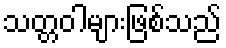
သတ္တဝါများဖြစ်သည်